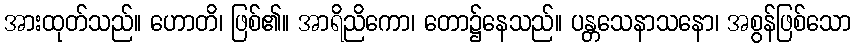
အားထုတ်သည်။ ဟောတိ၊ ဖြစ်၏။ အာရိညိကော၊ တော၌နေသည်။ ပန္တသေနာသနော၊ အစွန်ဖြစ်သော